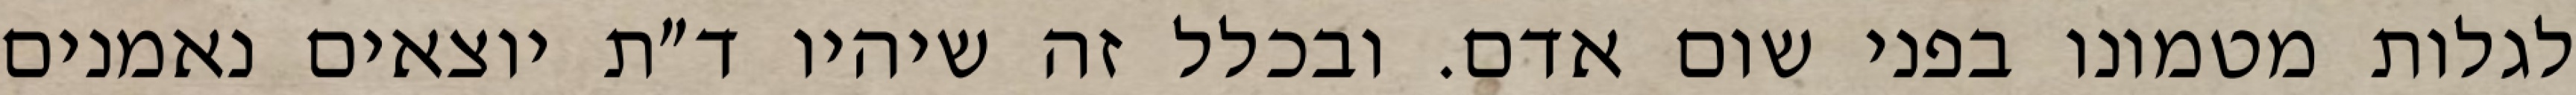
לגלות מטמונו בפני שום אדם. ובכלל זה שיהיו ד״ת יוצאים נאמנים